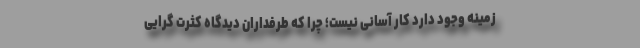
زمینه وجود دارد کار آسانی نیست؛ چرا که طرفداران دیدگاه کثرت گرایی